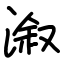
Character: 溆